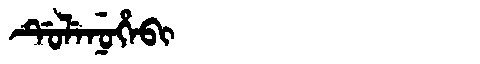
Manchu: ᡩᡠᠯᡝᠨᡠᡥᡝᠪᡳ
Romanization: DULENUHEBI